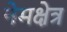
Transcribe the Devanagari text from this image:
नेमक्षेत्र